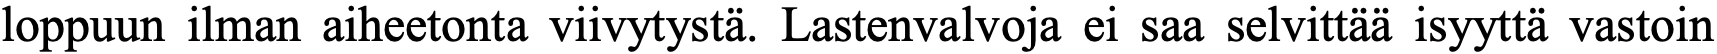
loppuun ilman aiheetonta viivytystä. Lastenvalvoja ei saa selvittää isyyttä vastoin